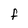
Character: F